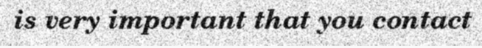
is very important that you contact